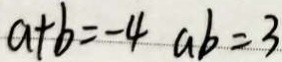
a + b = - 4 a b = 3